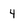
Character: 4